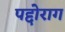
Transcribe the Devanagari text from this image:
पद्दोराग